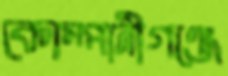
কোম্পানীগঞ্জে